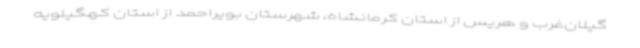
گیلان‌غرب و هریس از استان کرمانشاه، شهرستان بویراحمد از استان کهگیلویه